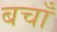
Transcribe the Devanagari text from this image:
बचाँ